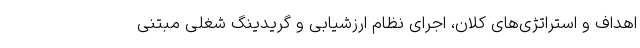
اهداف و استراتژی‌های کلان، اجرای نظام ارزشیابی و گریدینگ شغلی مبتنی